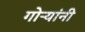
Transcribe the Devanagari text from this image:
गोऱ्यांनी